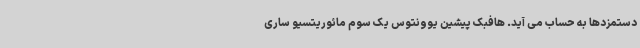
دستمزدها به حساب می آید. هافبک پیشین یوونتوس یک سوم مائوریتسیو ساری